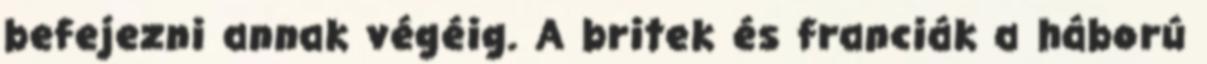
befejezni annak végéig. A britek és franciák a háború